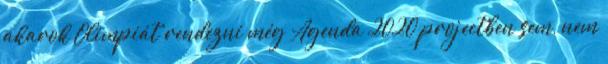
akarok Olimpiát rendezni még Agenda 2020 projectben sem, nem